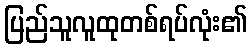
ပြည်သူလူထုတစ်ရပ်လုံး၏